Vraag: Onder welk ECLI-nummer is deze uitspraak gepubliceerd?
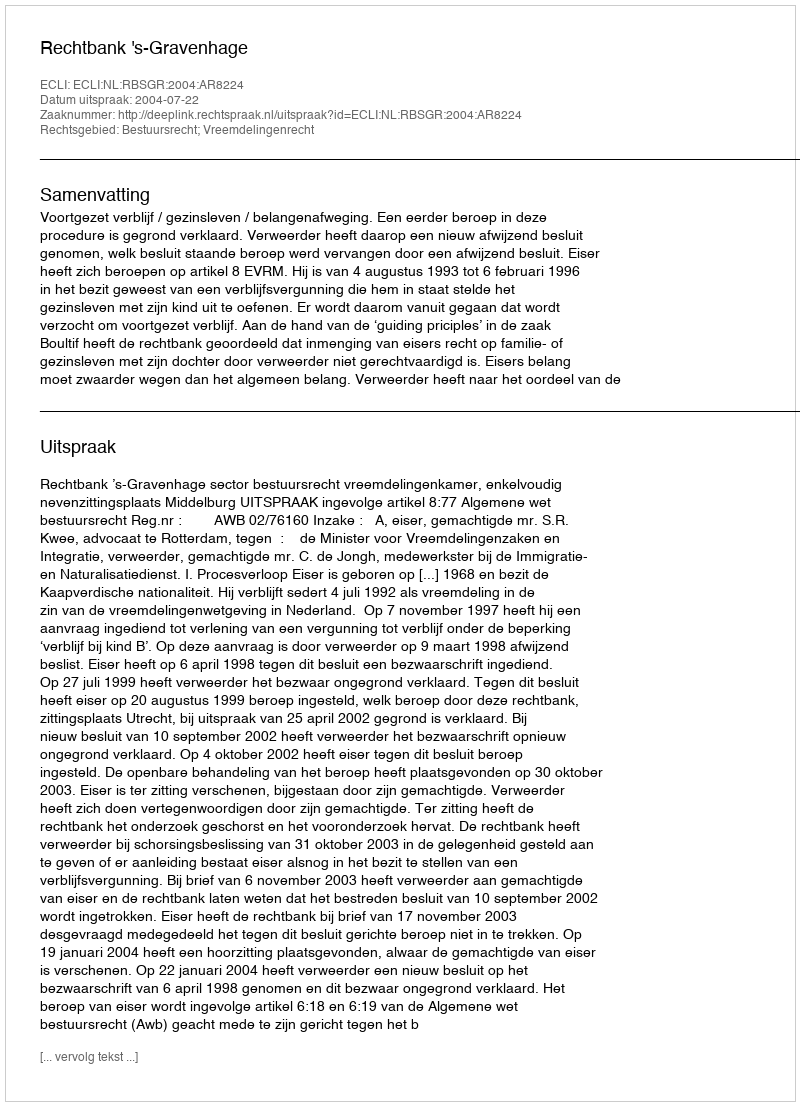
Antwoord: ECLI:NL:RBSGR:2004:AR8224